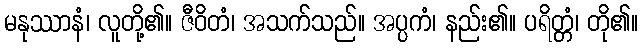
မနုဿာနံ၊ လူတို့၏။ ဇီဝိတံ၊ အသက်သည်။ အပ္ပကံ၊ နည်း၏။ ပရိတ္တံ၊ တို၏။